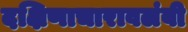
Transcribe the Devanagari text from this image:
दक्षिणाचारावलंबी